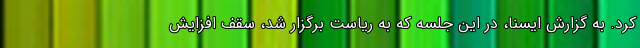
کرد. به گزارش ایسنا، در این جلسه که به ریاست برگزار شد، سقف افزایش